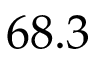
6 8 . 3